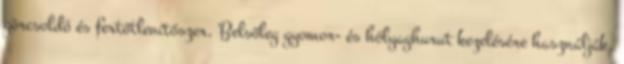
görcsoldó és fertőtlenítőszer. Belsőleg gyomor- és hólyaghurut kezelésére használják.